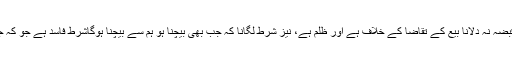
۱۵- دلال کا قبضہ نہ دلانا بیع کے تقاضا کے خلاف ہے اور ظلم ہے، نیز شرط لگانا کہ جب بھی بیچنا ہو ہم سے بیچنا ہوگاشرط فاسد ہے جو کہ جائز نہیں ہے۔